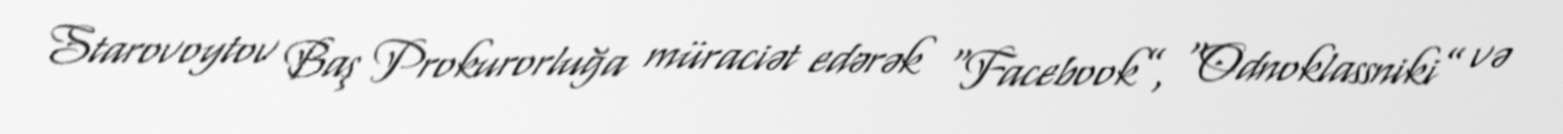
Starovoytov Baş Prokurorluğa müraciət edərək “Facebook”, “Odnoklassniki” və